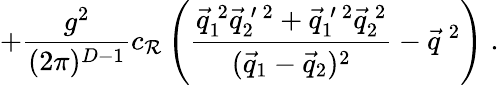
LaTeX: +\frac{g^{2}}{(2\pi)^{D-1}}c_{{\cal R}}\left(\frac{\vec{q}_{1}^{\: 2}\vec{q}_{2}^{\: \prime\: 2}+\vec{q}_{1}^{\: \prime\: 2}\vec{q}_{2}^{\: 2}}{(\vec{q}_{1}-\vec{q}_{2})^{2}}-\vec{q}^{\: 2}\right)\; .